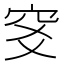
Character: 𥤹